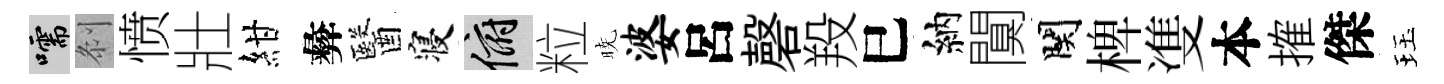
嚅𠛴愤壯紺彜醫寝俯粒暁婆呂磬羖巳納闃関椑㕠本搉傑珏